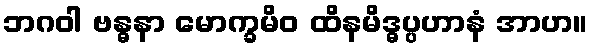
ဘဂဝါ ဗန္ဓနာ မောက္ခမိဝ ထိနမိဒ္ဓပ္ပဟာနံ အာဟ။